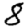
Digit: 8